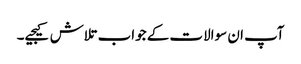
آپ ان سوالات کے جواب تلاش کیجیے۔